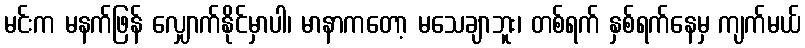
မင်းက မနက်ဖြန် လျှောက်နိုင်မှာပါ၊ မာနာကတော့ မသေချာဘူး၊ တစ်ရက် နှစ်ရက်နေမှ ကျက်မယ်